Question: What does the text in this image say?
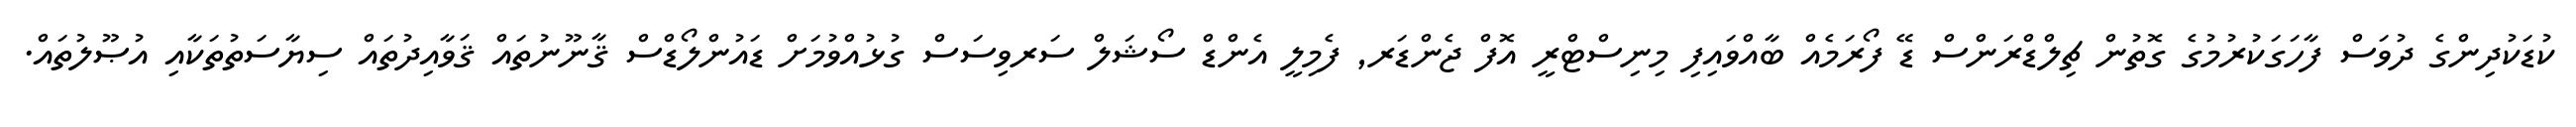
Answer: ކުޑަކުދިންގެ ދުވަސް ފާހަގަކުރުމުގެ ގޮތުން ޗިލްޑްރަންސް ޑޭ ފޯރަމެއް ބާއްވައިފި މިނިސްޓްރީ އޮފް ޖެންޑަރ, ފެމިލީ އެންޑް ސޯޝަލް ސަރވިސަސް ގުޅުއްވުމަށް ޑައުންލޯޑްސް ޤާނޫނުތައް ޤަވާއިދުތައް ސިޔާސަތުތަކާއި އުޞޫލުތައް.